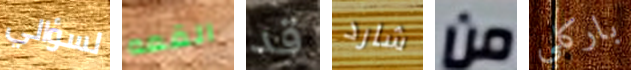
لسؤالي القمه قد شارد من باركلي